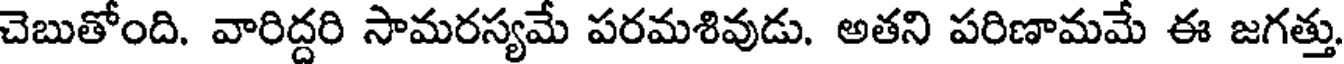
చెబుతోంది. వారిద్దరి సామరస్యమే పరమశివుడు. అతని పరిణామమే ఈ జగత్తు